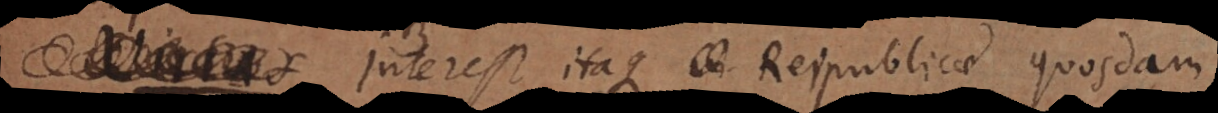
Interest itaque Reipublicae quosdam